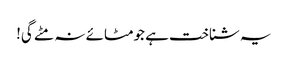
یہ شناخت ہے جومٹائے نہ مٹے گی!